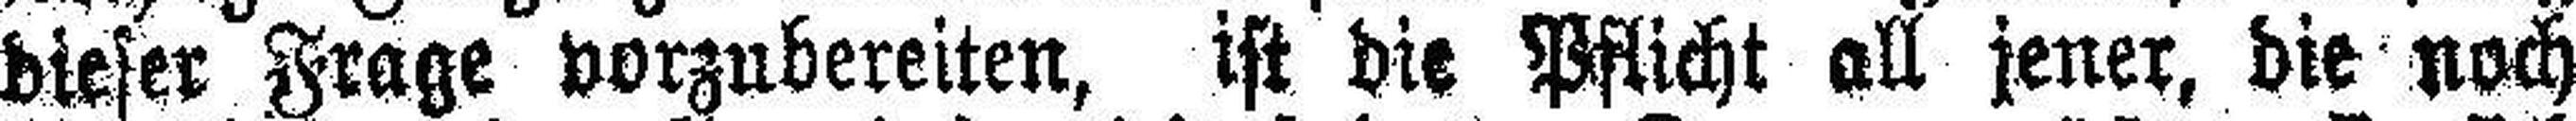
dieser Frage vorzubereiten, ist die Wicht all jener, die noch